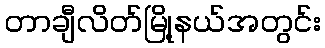
တာချီလိတ်မြို့နယ်အတွင်း